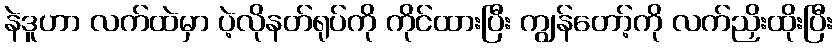
နဲဒူဟာ လက်ထဲမှာ ပဲ့လိုနတ်ရုပ်ကို ကိုင်ထားပြီး ကျွန်တော့်ကို လက်ညှိးထိုးပြီး